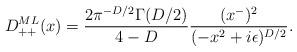
LaTeX: \begin{align*}D_{++}^{ML} (x) ={2 \pi^{-D/2} \Gamma (D/2) \over 4 - D}{(x^-)^2 \over (- x^2 + i \epsilon)^{D/2}}.\end{align*}